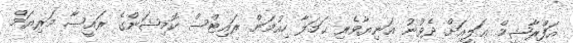
އަފްރާޝީމް ޢަލީއަށް ދެވުނު އަނިޔާވެރި ޙަމަލާ ހިއުމަން ރައިޓްސް ކޮމިޝަންގެ ރައީސާ މަރިޔަމް